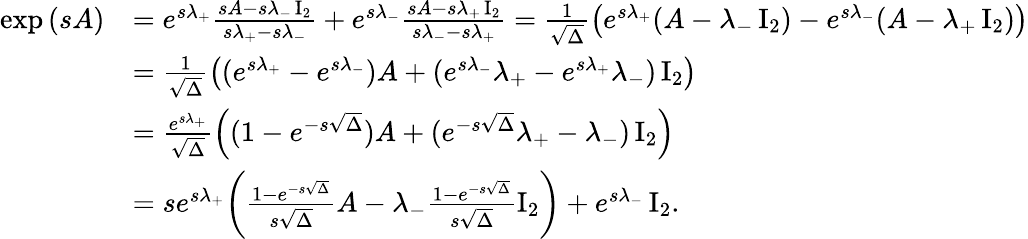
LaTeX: \begin{array}{rl}{\exp{(sA)}}&{=e^{s\lambda_{+}}\frac{sA-s\lambda_{-}\operatorname{I}_{2}}{s\lambda_{+}-s\lambda_{-}}+e^{s\lambda_{-}}\frac{sA-s\lambda_{+}\operatorname{I}_{2}}{s\lambda_{-}-s\lambda_{+}}=\frac{1}{\sqrt{\Delta}}\left(e^{s\lambda_{+}}(A-\lambda_{-}\operatorname{I}_{2})-e^{s\lambda_{-}}(A-\lambda_{+}\operatorname{I}_{2})\right)}\\ &{=\frac{1}{\sqrt{\Delta}}\left((e^{s\lambda_{+}}-e^{s\lambda_{-}})A+(e^{s\lambda_{-}}\lambda_{+}-e^{s\lambda_{+}}\lambda_{-})\operatorname{I}_{2}\right)}\\ &{=\frac{e^{s\lambda_{+}}}{\sqrt{\Delta}}\left((1-e^{-s\sqrt{\Delta}})A+(e^{-s\sqrt{\Delta}}\lambda_{+}-\lambda_{-})\operatorname{I}_{2}\right)}\\ &{=se^{s\lambda_{+}}\biggl(\frac{1-e^{-s\sqrt{\Delta}}}{s\sqrt{\Delta}}A-\lambda_{-}\frac{1-e^{-s\sqrt{\Delta}}}{s\sqrt{\Delta}}\operatorname{I}_{2}\biggr)+e^{s\lambda_{-}}\operatorname{I}_{2}.}\end{array}